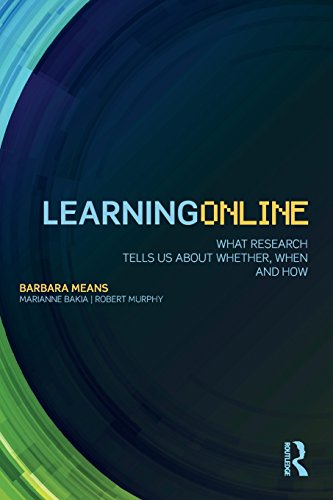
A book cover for Learning Online: What Research Tells Us About Whether, When and How; Barbara Means; Education & Teaching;